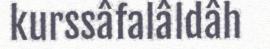
kurssâfalâldâh